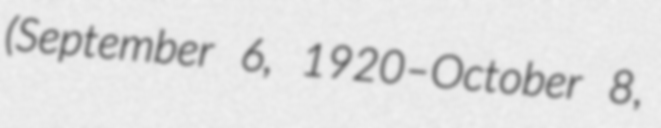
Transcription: (September 6, 1920–October 8,